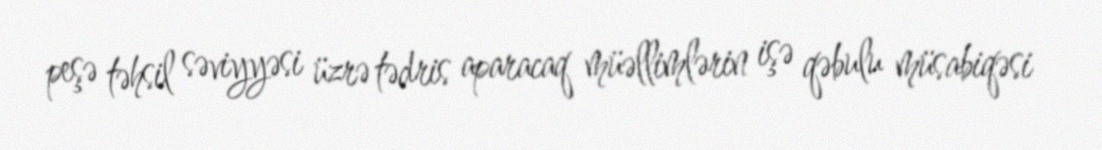
peşə təhsil səviyyəsi üzrə tədris aparacaq müəllimlərin işə qəbulu müsabiqəsi